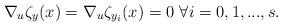
LaTeX: \begin{align*}\nabla_u \zeta_y (x) = \nabla_u \zeta_{y_i} (x) = 0 \,\,\forall i=0,1,...,s. \end{align*}